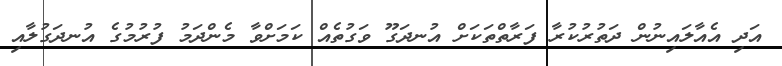
އަދި އެއާލައިނުން ދަތުރުކުރާ ފަރާތްތަކަށް އުނދަގޫ ވަގުތެއް ކަމަށްވާ މެންދަމު ފުރުމުގެ އުނދަގުލާއި